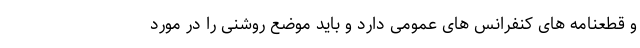
و قطعنامه های کنفرانس های عمومی دارد و باید موضع روشنی را در مورد